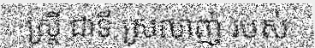
ស្ត្រី ជាទី ស្រលាញ់ របស់